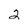
Character: 2